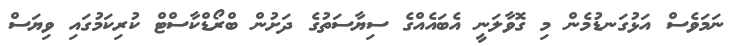
ނަމަވެސް އަޅުގަނޑުމެން މި ގޮވާލަނީ އެބައެއްގެ ސިޔާސަތުގެ ދަށުން ބްރޯޑްކާސްޓް ކުރިކަމުގައި ވިޔަސް